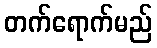
တက်ရောက်မည်